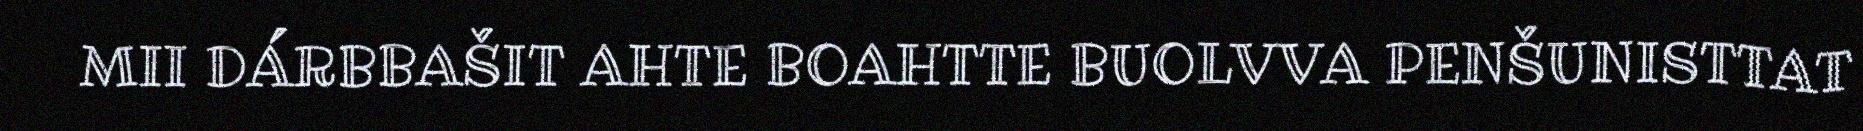
MII DÁRBBAŠIT AHTE BOAHTTE BUOLVVA PENŠUNISTTAT